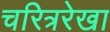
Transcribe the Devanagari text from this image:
चरित्ररेखा